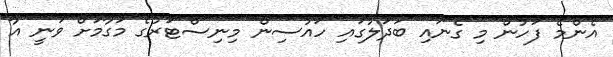
އެންމެ ފަހުން މި ގެނައި ބަދަލުގައި ހައުސިން މިނިސްޓަރުގެ މަގާމަށް ވަނީ އާ